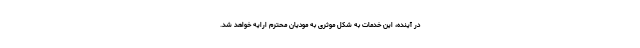
در آینده، این خدمات به شکل موثری به مودیان محترم ارایه خواهد شد.